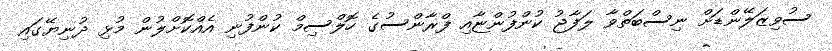
ސުވިޒަލޭންޑަށް ނިސްބަތްވާ ލަފާޖު ކުންފުންޏާއި ފްރާންސުގެ ހޮލްސިމް ކުންފުނި އެއްކޮށްލުން މުޅި ދުނިޔޭގައި